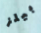
بيلز